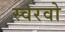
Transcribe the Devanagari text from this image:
स्वरवो